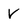
Character: V